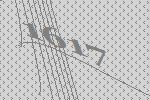
1617